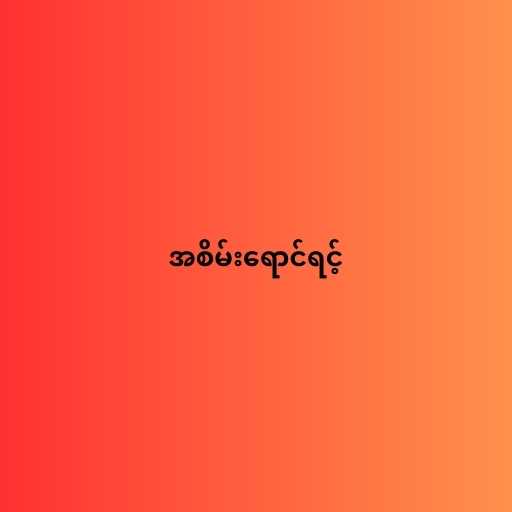
အစိမ်းရောင်ရင့်